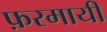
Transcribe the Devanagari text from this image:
फ़रमायी